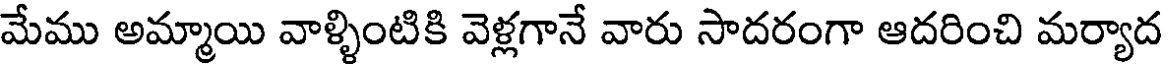
మేము అమ్మాయి వాళ్ళింటికి వెళ్లగానే వారు సాదరంగా ఆదరించి మర్యాద